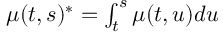
\textstyle \mu ( t , s ) ^ { * } = \int _ { t } ^ { s } \mu ( t , u ) d u